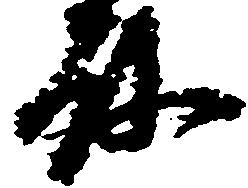
殿